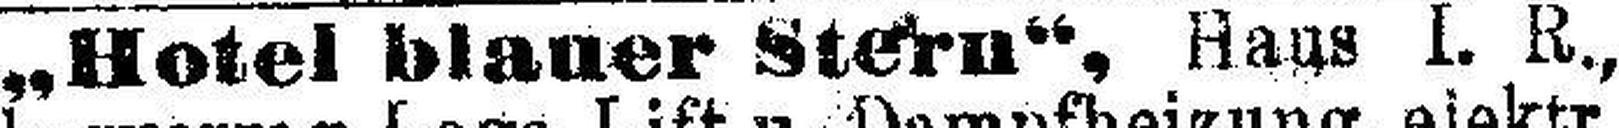
„Hotel blauer Stern“, Haus I. R.,